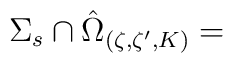
{\Sigma_s}\cap \hat{\Omega}_{\left( \zeta ,\zeta^{\prime },K\right) } =